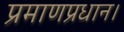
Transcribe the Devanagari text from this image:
प्रमाणप्रधान।